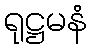
ရုဋ္ဌမနံ